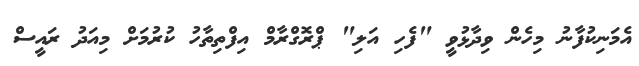
އެމަނިކުފާނު މިހެން ވިދާޅުވީ "ފެހި އަލި" ޕްރޮގްރާމް އިފްތިތާހު ކުރުމަށް މިއަދު ރައީސް